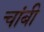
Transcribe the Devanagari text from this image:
चांबी